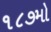
૧૮૭મો